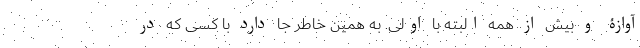
آوازۀ و بیش از همه البته با اولی. به همین خاطر جا دارد با کسی که در